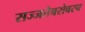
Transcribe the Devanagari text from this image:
सज्जतेबरोबरच